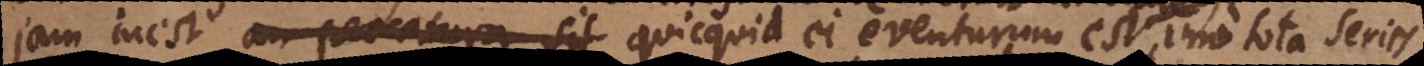
jam inest an peccatura sit quicquid ei eventurum est imo tota series